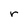
Character: r